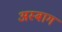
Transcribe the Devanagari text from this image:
अस्बाग